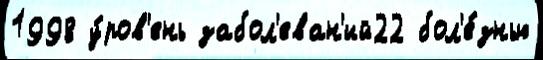
1998 у́ров'ень забол'еван'ий22 бол'е́знью